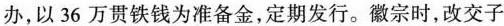
办，以36万贯铁钱为准备金，定期发行。徽宗时，改交子